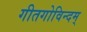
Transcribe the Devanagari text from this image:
गीतगोविन्दम्